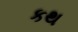
કથ